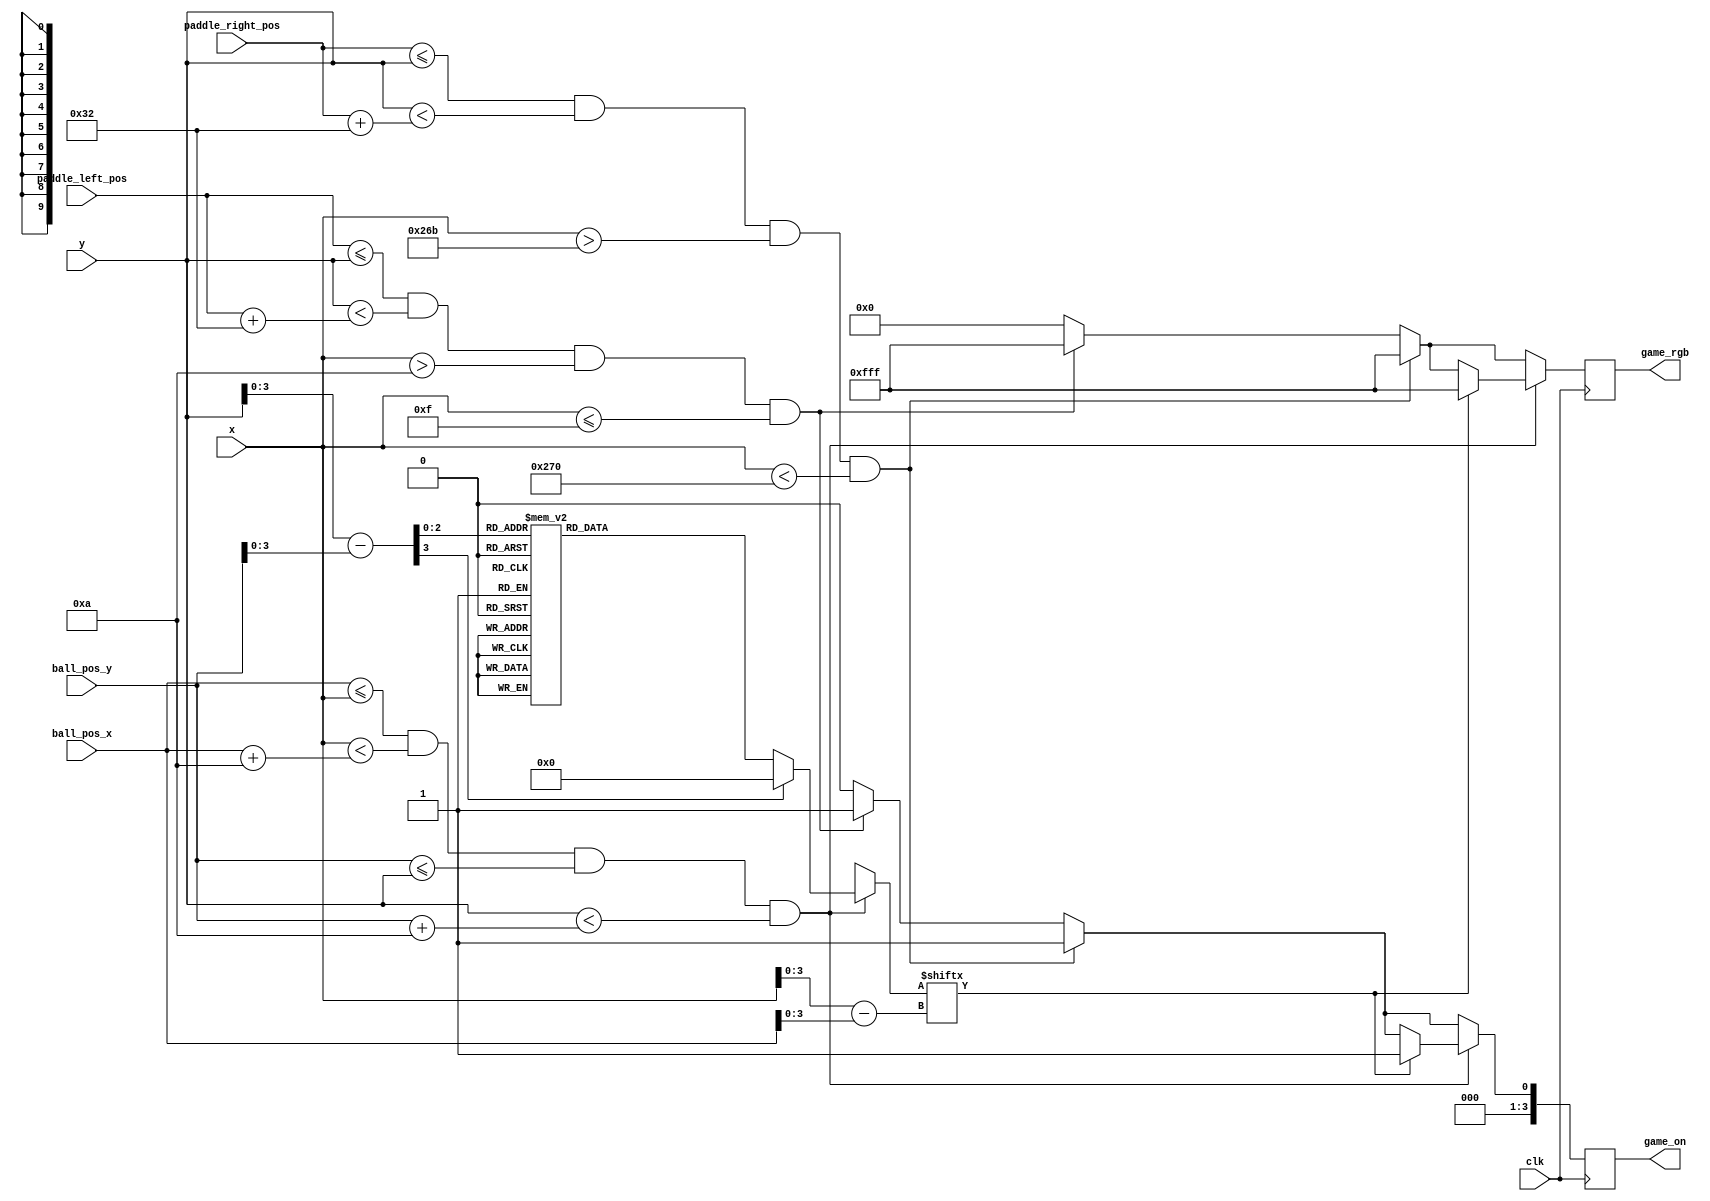
module pong_game_renderer(
    input clk,
    input [9:0] paddle_left_pos,
    input [9:0] paddle_right_pos,
    input [9:0] ball_pos_x,
    input [9:0] ball_pos_y,
    input [9:0] x, y,
    output reg [3:0] game_on,
    output reg [11:0] game_rgb
    );
    
    // Constants for screen dimensions, paddle and ball sizes
    localparam SCREEN_WIDTH = 640;
    localparam SCREEN_HEIGHT = 480;
    localparam PADDLE_WIDTH = 5;
    localparam PADDLE_HEIGHT = 50;
    localparam BALL_SIZE = 10;
    
    // ROM memory array
    reg [9:0] rom_data;
    wire [9:0] row_addr;
    wire [9:0] bit_addr;

    // Game rendering logic
    always @(posedge clk) begin
        game_rgb <= 12'h000; // Default to black
        game_on <= 1'b0;
        
        // Render left paddle
        if (paddle_left_pos <= y && y < paddle_left_pos + PADDLE_HEIGHT && x > 10 && x <= PADDLE_WIDTH + 10) begin
            game_rgb <= 12'hFFF; // White color for paddle
            game_on <= 1'b1;
        end
        
        // Render right paddle
        if (paddle_right_pos <= y && y < paddle_right_pos + PADDLE_HEIGHT && x > SCREEN_WIDTH - PADDLE_WIDTH - 16 && x < SCREEN_WIDTH -16) begin
            game_rgb <= 12'hFFF; // White color for paddle
            game_on <= 1'b1;
        end

        // Render ball
        if (ball_pos_x <= x && x < ball_pos_x + BALL_SIZE && ball_pos_y <= y && y < ball_pos_y + BALL_SIZE) begin
            row_addr = y - ball_pos_y;
            bit_addr = x - ball_pos_x;

            case(row_addr[3:0])
                4'b0000 :    rom_data = 10'b0001111100; //   ****  
                4'b0001 :    rom_data = 10'b0011111110; //  ******
                4'b0010 :    rom_data = 10'b0111111111; // ********
                4'b0011 :    rom_data = 10'b0111111111; // ********
                4'b0100 :    rom_data = 10'b0111111111; // ********
                4'b0101 :    rom_data = 10'b0111111111; // ********
                4'b0110 :    rom_data = 10'b0011111110; //  ******
                4'b0111 :    rom_data = 10'b0001111100; //   ****
                default :     rom_data = 10'b0000000000; // (empty)
            endcase

            if (rom_data[bit_addr[3:0]]) begin
                game_rgb <= 12'hFFF; // White color for ball
                game_on <= 1'b1;
            end
        end
    end
    
endmodule